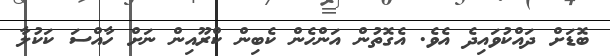
ބޮޑަށް ދައްކުވައިދެ އެވެ. އެގޮތުން އަންހެން ކެބިން ކްރޫއިން ނަށް ހާއްސަ ކަކުލާ